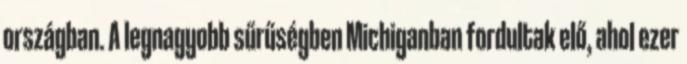
országban. A legnagyobb sűrűségben Michiganban fordultak elő, ahol ezer